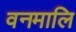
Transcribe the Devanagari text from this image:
वनमालि